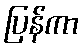
ပြန်ကာ